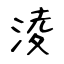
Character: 淩